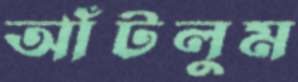
আঁটলুম